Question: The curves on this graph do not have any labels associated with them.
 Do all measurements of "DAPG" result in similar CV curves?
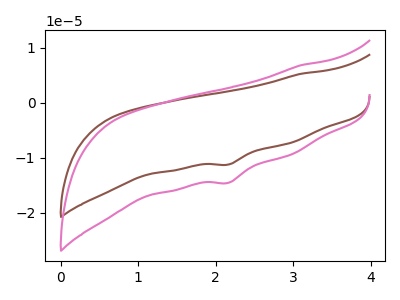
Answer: <think>The brown curve "brown" has a cathodic peak at: (2.15V, -11.20uA). The pink curve "pink" has a cathodic peak at: (2.15V, -14.50uA).
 All the peaks in "brown" have a peak in "pink" at the same potential. Every peak in "brown" is lower than every peak in "pink".</think>
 <answer>All the CV's of "DAPG" have similar shape.</answer>
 <eval>follow_rule</eval>